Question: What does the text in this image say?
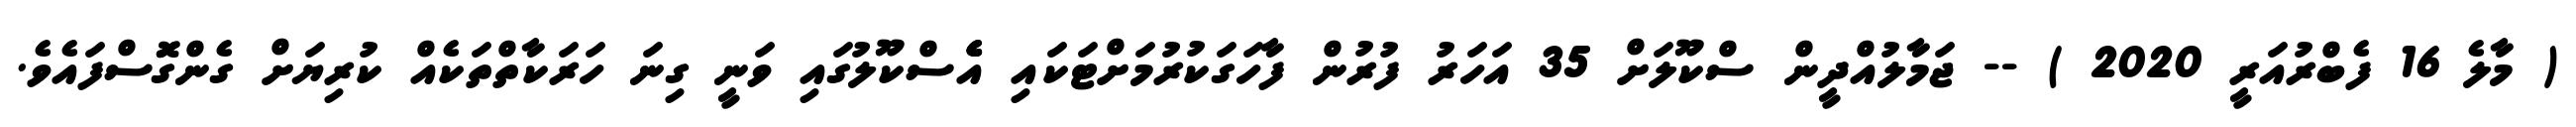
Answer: ( މާލެ 16 ފެބްރުއަރީ 2020 ) -- ޖަމާލުއްދީން ސްކޫލަށް 35 އަހަރު ފުރުން ފާހަގަކުރުމަށްޓަކައި އެެެސްކޫލުގައި ވަނީ ގިނަ ހަރަކާތްތަކެއް ކުރިޔަށް ގެންގޮަސްފައެވެ.